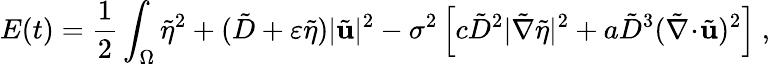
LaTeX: E(t)=\frac{1}{2}\int_{\Omega}\tilde{\eta}^{2}+(\tilde{D}+\varepsilon\tilde{\eta})|\tilde{\mathbf{u}}|^{2}-\sigma^{2}\left[c\tilde{D}^{2}|\tilde{\nabla}\tilde{\eta}|^{2}+a\tilde{D}^{3}(\tilde{\nabla}\! \cdot\! \tilde{\mathbf{u}})^{2}\right]\ ,